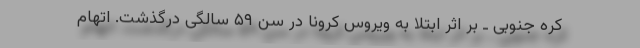
کره جنوبی ـ بر اثر ابتلا به ویروس کرونا در سن ۵۹ سالگی درگذشت. اتهام